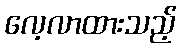
လေ့လာထားသည့်